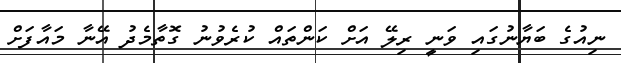
ނިއުގެ ބަޔާނުގައި ވަނީ ރިލޭ އަށް ކަންތައް ކުރެވުނު ގޮތާމެދު އޭނާ މައާފަށް